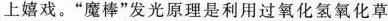
上嬉戏。”魔棒”发光原理是利用过氧化氢氧化草